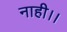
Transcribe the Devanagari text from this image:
नाही।।